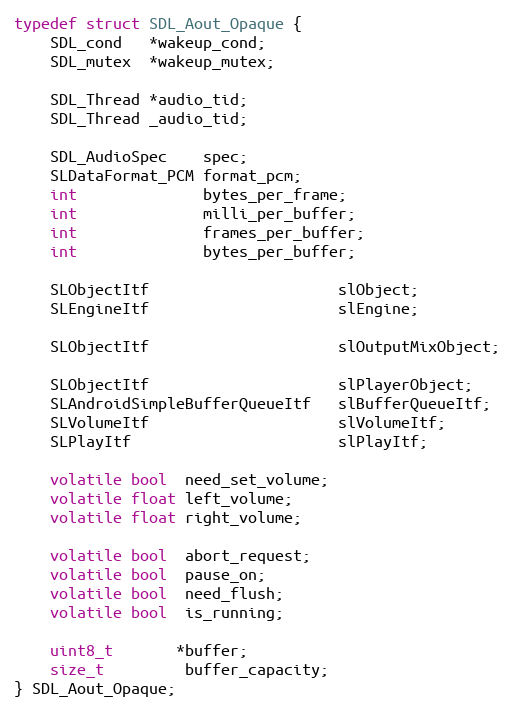
Language: C
typedef struct SDL_Aout_Opaque {
    SDL_cond   *wakeup_cond;
    SDL_mutex  *wakeup_mutex;

    SDL_Thread *audio_tid;
    SDL_Thread _audio_tid;

    SDL_AudioSpec    spec;
    SLDataFormat_PCM format_pcm;
    int              bytes_per_frame;
    int              milli_per_buffer;
    int              frames_per_buffer;
    int              bytes_per_buffer;

    SLObjectItf                     slObject;
    SLEngineItf                     slEngine;

    SLObjectItf                     slOutputMixObject;

    SLObjectItf                     slPlayerObject;
    SLAndroidSimpleBufferQueueItf   slBufferQueueItf;
    SLVolumeItf                     slVolumeItf;
    SLPlayItf                       slPlayItf;

    volatile bool  need_set_volume;
    volatile float left_volume;
    volatile float right_volume;

    volatile bool  abort_request;
    volatile bool  pause_on;
    volatile bool  need_flush;
    volatile bool  is_running;

    uint8_t       *buffer;
    size_t         buffer_capacity;
} SDL_Aout_Opaque;